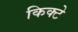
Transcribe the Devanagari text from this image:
किक्टे